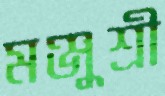
মঞ্জুশ্রী